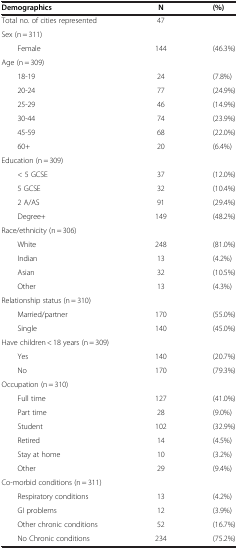
<table><thead><tr><td><b>Demographics</b></td><td><b>N</b></td><td><b>(%)</b></td></tr></thead><tbody><tr><td>Total no. of cities represented</td><td>47</td><td> </td></tr><tr><td>Sex (n = 311)</td><td> </td><td> </td></tr><tr><td>Female</td><td>144</td><td>(46.3%)</td></tr><tr><td>Age (n = 309)</td><td> </td><td> </td></tr><tr><td>18-19</td><td>24</td><td>(7.8%)</td></tr><tr><td>20-24</td><td>77</td><td>(24.9%)</td></tr><tr><td>25-29</td><td>46</td><td>(14.9%)</td></tr><tr><td>30-44</td><td>74</td><td>(23.9%)</td></tr><tr><td>45-59</td><td>68</td><td>(22.0%)</td></tr><tr><td>60+</td><td>20</td><td>(6.4%)</td></tr><tr><td>Education (n = 309)</td><td> </td><td> </td></tr><tr><td>&lt; 5 GCSE</td><td>37</td><td>(12.0%)</td></tr><tr><td>5 GCSE</td><td>32</td><td>(10.4%)</td></tr><tr><td>2 A/AS</td><td>91</td><td>(29.4%)</td></tr><tr><td>Degree+</td><td>149</td><td>(48.2%)</td></tr><tr><td>Race/ethnicity (n = 306)</td><td> </td><td> </td></tr><tr><td>White</td><td>248</td><td>(81.0%)</td></tr><tr><td>Indian</td><td>13</td><td>(4.2%)</td></tr><tr><td>Asian</td><td>32</td><td>(10.5%)</td></tr><tr><td>Other</td><td>13</td><td>(4.3%)</td></tr><tr><td>Relationship status (n = 310)</td><td> </td><td> </td></tr><tr><td>Married/partner</td><td>170</td><td>(55.0%)</td></tr><tr><td>Single</td><td>140</td><td>(45.0%)</td></tr><tr><td>Have children &lt; 18 years (n = 309)</td><td> </td><td> </td></tr><tr><td>Yes</td><td>140</td><td>(20.7%)</td></tr><tr><td>No</td><td>170</td><td>(79.3%)</td></tr><tr><td>Occupation (n = 310)</td><td> </td><td> </td></tr><tr><td>Full time</td><td>127</td><td>(41.0%)</td></tr><tr><td>Part time</td><td>28</td><td>(9.0%)</td></tr><tr><td>Student</td><td>102</td><td>(32.9%)</td></tr><tr><td>Retired</td><td>14</td><td>(4.5%)</td></tr><tr><td>Stay at home</td><td>10</td><td>(3.2%)</td></tr><tr><td>Other</td><td>29</td><td>(9.4%)</td></tr><tr><td>Co-morbid conditions (n = 311)</td><td> </td><td> </td></tr><tr><td>Respiratory conditions</td><td>13</td><td>(4.2%)</td></tr><tr><td>GI problems</td><td>12</td><td>(3.9%)</td></tr><tr><td>Other chronic conditions</td><td>52</td><td>(16.7%)</td></tr><tr><td>No Chronic conditions</td><td>234</td><td>(75.2%)</td></tr></tbody></table>